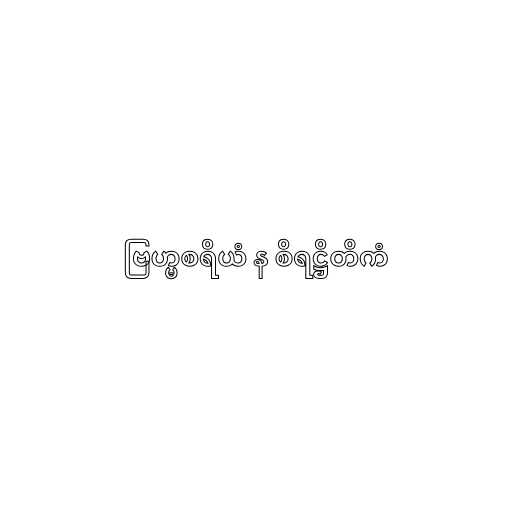
ဗြဟ္မစရိယံ န စိရဋ္ဌိတိကံ